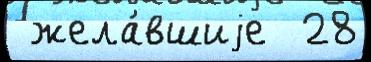
 жела́вшиjе  28